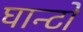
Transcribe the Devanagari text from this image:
घान्टो